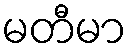
မတီမာ